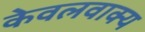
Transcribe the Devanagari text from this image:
केवलवाक्य